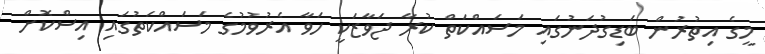
މީގެ އިތުރުން ބަޑިގުދަނުގައި މަސައްކަތް ކުރާ ޖަވާޒަކީ ހަވާ އެރުވުމުގެ މަސައްކަތުގައި އިސްކޮށް